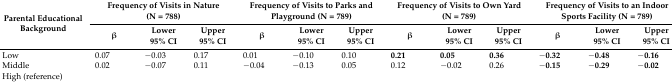
<table><thead><tr><td rowspan="2"><b>Parental Educational Background</b></td><td colspan="3"><b>Frequency of Visits in Nature (N = 788)</b></td><td colspan="3"><b>Frequency of Visits to Parks and Playground (N = 789)</b></td><td colspan="3"><b>Frequency of Visits to Own Yard (N = 789)</b></td><td colspan="3"><b>Frequency of Visits to an Indoor Sports Facility (N = 789)</b></td></tr><tr><td><b>β</b></td><td><b>Lower95% CI</b></td><td><b>Upper95% CI</b></td><td><b>β</b></td><td><b>Lower95% CI</b></td><td><b>Upper95% CI</b></td><td><b>β</b></td><td><b>Lower95% CI</b></td><td><b>Upper95% CI</b></td><td><b>β</b></td><td><b>Lower95% CI</b></td><td><b>Upper95% CI</b></td></tr></thead><tbody><tr><td>Low</td><td>0.07</td><td>−0.03</td><td>0.17</td><td>0.01</td><td>−0.10</td><td>0.10</td><td><b>0.21</b></td><td><b>0.05</b></td><td><b>0.36</b></td><td>−<b>0.32</b></td><td>−<b>0.48</b></td><td>−<b>0.16</b></td></tr><tr><td>Middle</td><td>0.02</td><td>−0.07</td><td>0.11</td><td>−0.04</td><td>−0.13</td><td>0.05</td><td>0.12</td><td>−0.02</td><td>0.26</td><td>−<b>0.15</b></td><td>−<b>0.29</b></td><td>−<b>0.02</b></td></tr><tr><td>High (reference)</td><td></td><td></td><td></td><td></td><td></td><td></td><td></td><td></td><td></td><td></td><td></td><td></td></tr></tbody></table>